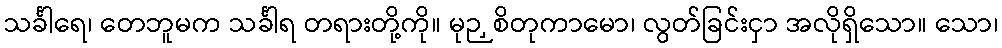
သင်္ခါရေ၊ တေဘူမက သင်္ခါရ တရားတို့ကို။ မုဉှစိတုကာမော၊ လွတ်ခြင်းငှာ အလိုရှိသော။ သော၊